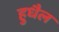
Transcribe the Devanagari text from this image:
हुधैल